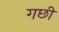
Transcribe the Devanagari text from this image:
गछी